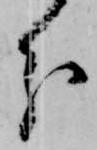
分